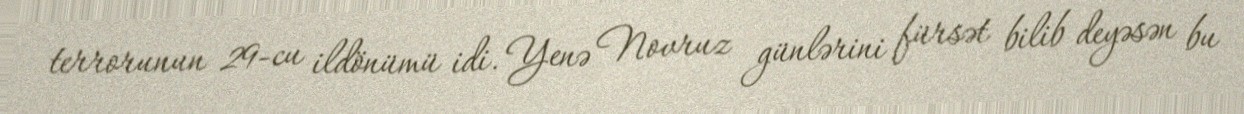
terrorunun 29-cu ildönümü idi. Yenə Novruz günlərini fürsət bilib deyəsən bu